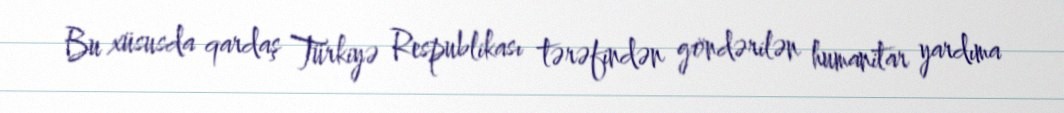
Bu xüsusda qardaş Türkiyə Respublikası tərəfindən göndərilən humanitar yardıma